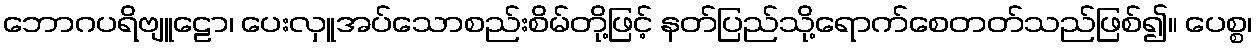
ဘောဂပရိဗျူဠော၊ ပေးလှူအပ်သောစည်းစိမ်တို့ဖြင့် နတ်ပြည်သို့ရောက်စေတတ်သည်ဖြစ်၍။ ပေစ္စ၊